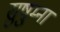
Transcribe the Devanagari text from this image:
सुषु्म्ना